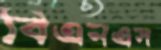
বিএনএস